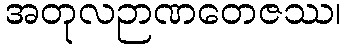
အတုလဉာဏတေဇဿ၊